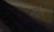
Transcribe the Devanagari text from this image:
फोर्शा